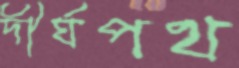
দীর্ঘপথ